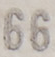
66